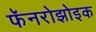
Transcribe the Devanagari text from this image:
फॅनरोझोइक